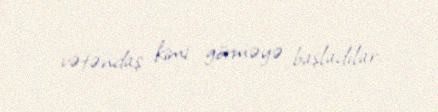
vətəndaş kimi görməyə başladılar.